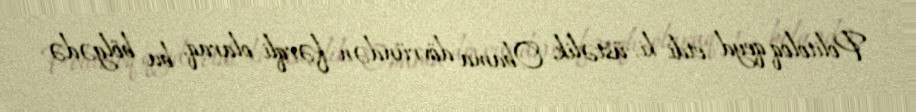
Politoloq qeyd etdi ki, üstəlik, Obama dövründən fərqli olaraq, bu bölgədə